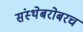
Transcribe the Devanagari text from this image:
संस्थेबरोबरच